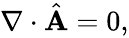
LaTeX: \begin{array}{r}{{\mathbf\nabla}\cdot\hat{\mathbf A}=0,}\end{array}